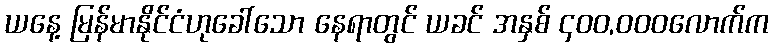
ယနေ့ မြန်မာနိုင်ငံဟုခေါ်သော နေရာတွင် ယခင် အနှစ် ၄၀၀,၀၀၀လောက်က